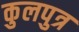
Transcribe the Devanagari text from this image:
कुलपुत्र